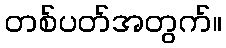
တစ်ပတ်အတွက်။